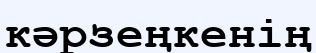
кәрзеңкенің